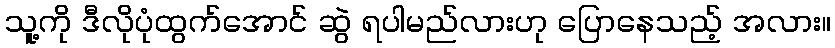
သူ့ကို ဒီလိုပုံထွက်အောင် ဆွဲ ရပါမည်လားဟု ပြောနေသည့် အလား။